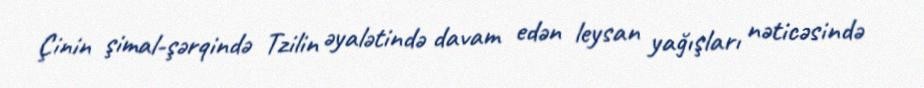
Çinin şimal-şərqində Tzilin əyalətində davam edən leysan yağışları nəticəsində